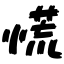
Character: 慌